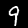
Label: 9